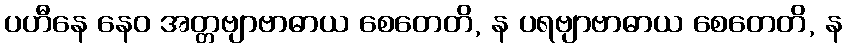
ပဟီနေ နေဝ အတ္တဗျာဗာဓာယ စေတေတိ, န ပရဗျာဗာဓာယ စေတေတိ, န